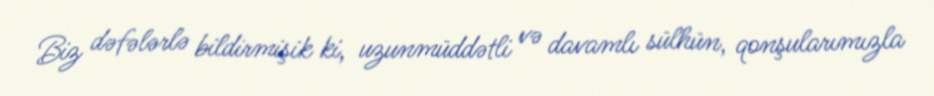
Biz dəfələrlə bildirmişik ki, uzunmüddətli və davamlı sülhün, qonşularımızla